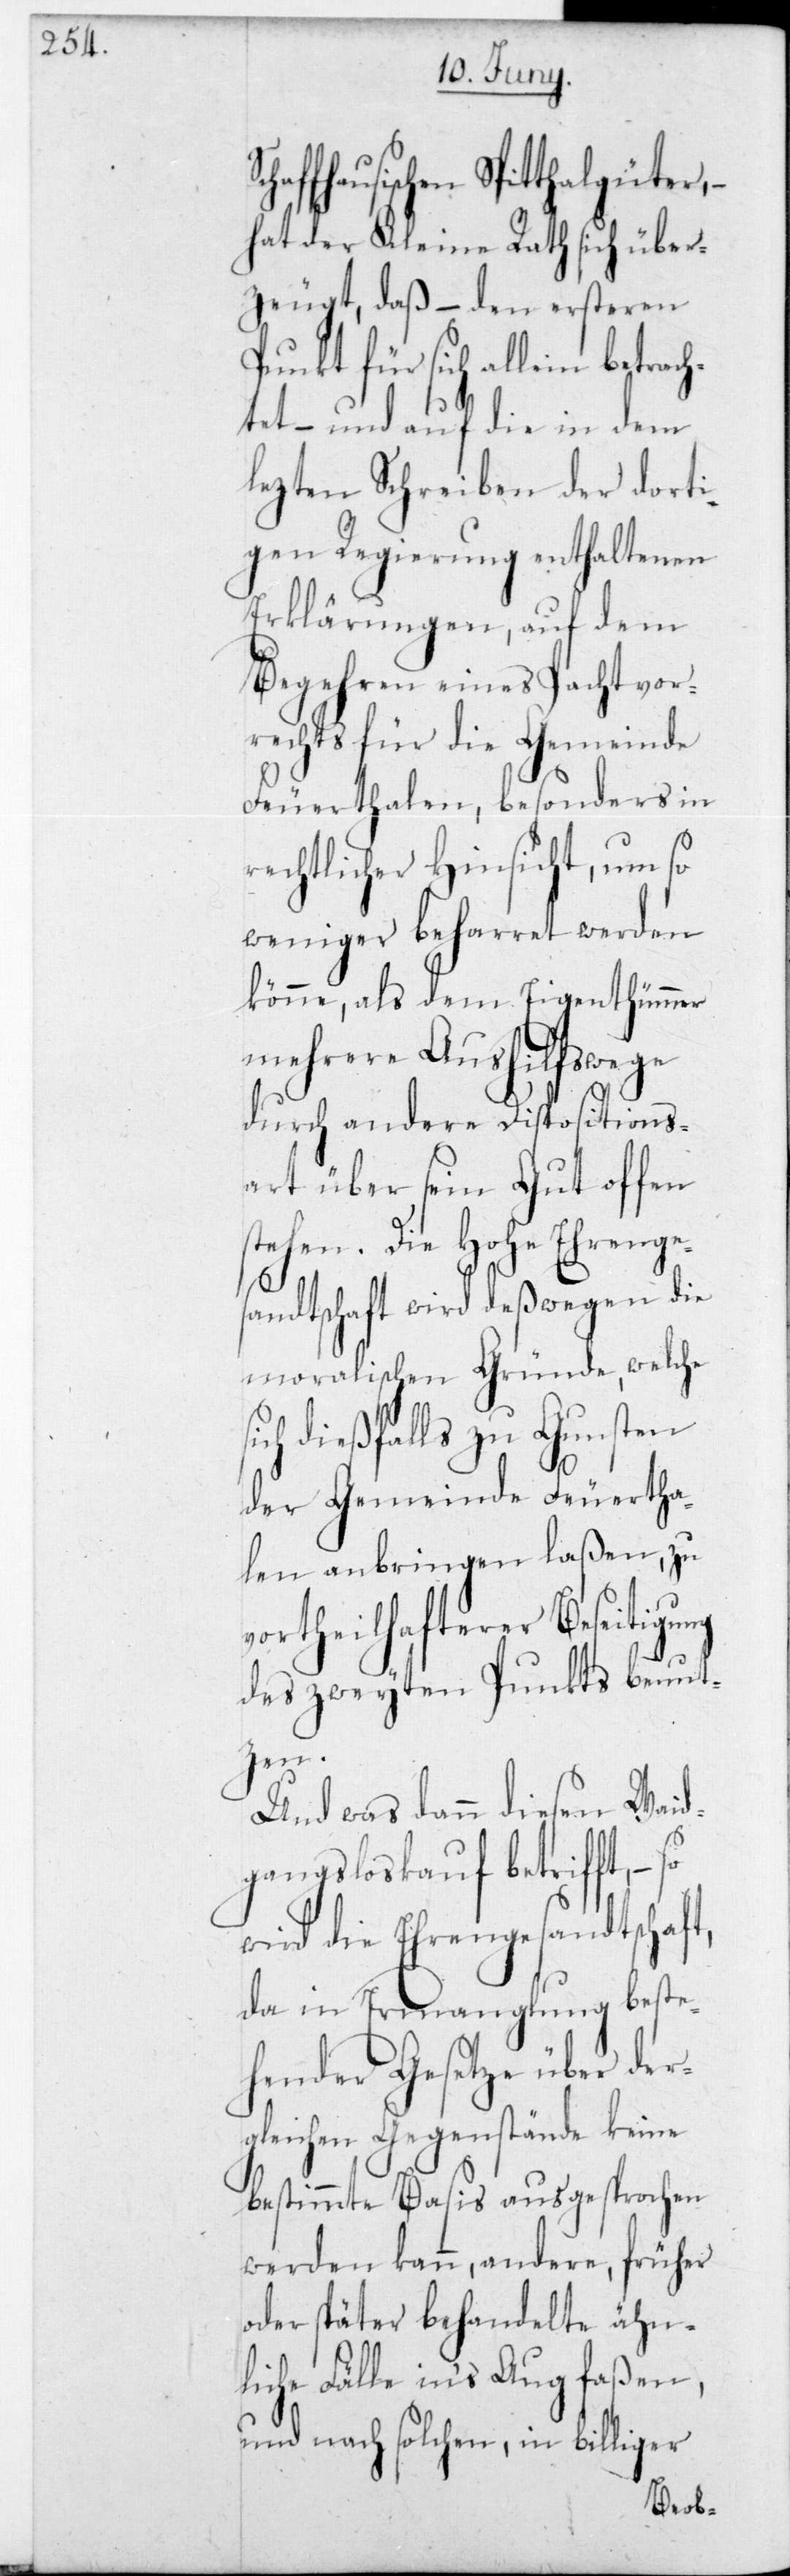
affhausischen Spitthalgüter,
hat der Kleine Rath sich über¬
zeugt, daß – den ersteren
Punkt für sich allein betrac¬
htet – und auf die in dem
lezten Schreiben der dorti¬
gen Regierung enthaltenen
Erklärungen, auf dem
Begehren eines Pachtvor¬
rechts für die Gemeinde
Feuerthalen, besonders in
rechtlicher Hinsicht, um so
weniger beharret werden
könne, als dem Eigenthümmer
mehrere Aushilfswege
durch andere Dispositions¬
art über sein Gut offen
stehen. Die Hohe Ehren¬
andtschaft wird deßwegen die
rth¬
moralischen Gründe,
ich dießfalls zu Gunsten
t,
der Gemeinde Feue¬
alen anbringen laßen, zu
vortheilhafterer Beseitigung
des zweyten Punkts benut¬
zen.
Und was dann diesen Weid¬
gangsloskauf betrifft, –
wird die Ehrengesandtschaf¬
da in Ermanglung beste¬
hender Gesetze über der¬
gleichen Gegenstände keine
bestimmte Basis ausgesprochen
werden kann, andere, früher
oder später behandelte ähn¬
liche Fälle in‘s Auge faßen,
und nach solchen, in billiger